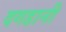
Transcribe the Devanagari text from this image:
दगडानी